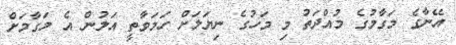
އޭނާގެ މަގާމުގެ މުއްދަތު މި މަހުގެ ނިޔަލަށް ހަމަވާތީ އަލުން އެ މަގާމަށް